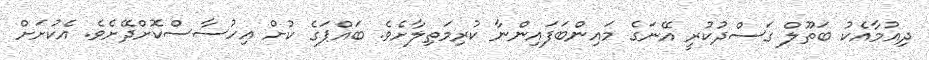
ދިއުމާއެކު ބަތޫލް ގަސްދުކުރީ އޭނަގެ މައިންބަފައިންނާ ކުރިމަތިލާށެވެ. ބައްޕަގެ ކުށް އިހުސާސްކޮށްދޭށެވެ. އެކުށަށް